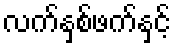
လက်နှစ်ဖက်နှင့်